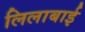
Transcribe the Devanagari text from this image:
लिलाबाई